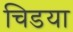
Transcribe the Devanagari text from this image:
चिडया